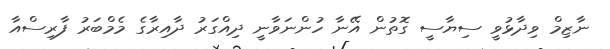
ނާޒިމް ވިދާޅުވީ ސިޔާސީ ގޮތުން އޭނާ ހުންނަވާނީ ދިއްގަރު ދާއިރާގެ މެމްބަރު ފާރިސްއާ